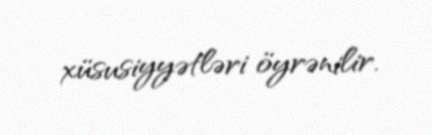
xüsusiyyətləri öyrənilir.